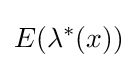
E(\lambda ^{*}(x))